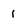
Character: I